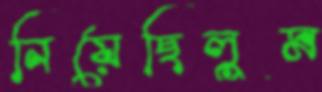
নিয়েছিলুম